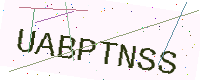
Text: UABPTNSS